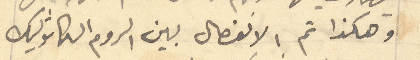
وهكذا تم الانفصال بين الروم الكاثوليك